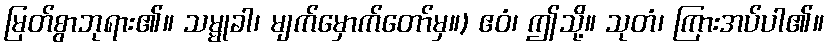
မြတ်စွာဘုရား၏။ သမ္မုခါ၊ မျက်မှောက်တော်မှ။) ဧဝံ၊ ဤသို့။ သုတံ၊ ကြားအပ်ပါ၏။